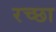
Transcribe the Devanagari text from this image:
रच्छा